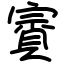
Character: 賨